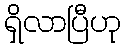
ရှိလာပြီဟု